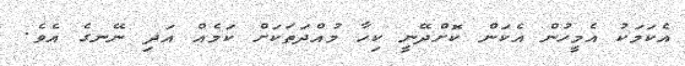
އެކަމަކު އެމީހުން އެކަން ކޮށްދޭނީ ކިހާ މުއްދަތަކަށް ކަމެއް އަދި ނޭނގެ އެވެ.